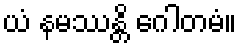
ယံ နမဿန္တိ ဂေါတမံ။